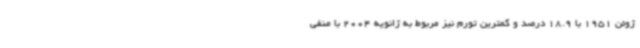
ژوئن 1951 با 18.9 درصد و کمترین تورم نیز مربوط به ژانویه 2004 با منفی